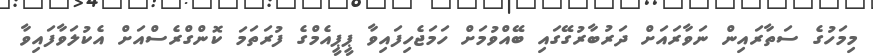
މިމަހުގެ ސަތާރައިން ނަވާރައަށް ދަރުބާރުގޭގައި ބޭއްވުމަށް ހަމަޖެހިފައިވާ ޕީޕީއެމްގެ ފުރަތަމަ ކޮންގްރެސްއަށް އެކުލަވާފައިވާ